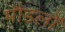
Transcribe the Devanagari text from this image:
मौडलों